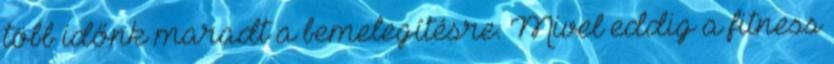
több időnk maradt a bemelegítésre. Mivel eddig a fitness